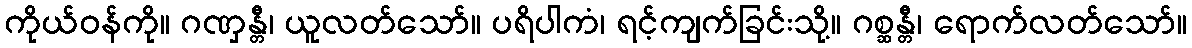
ကိုယ်ဝန်ကို။ ဂဏှန္တီ၊ ယူလတ်သော်။ ပရိပါကံ၊ ရင့်ကျက်ခြင်းသို့။ ဂစ္ဆန္တီ၊ ရောက်လတ်သော်။